Report on horse surra - Volume I
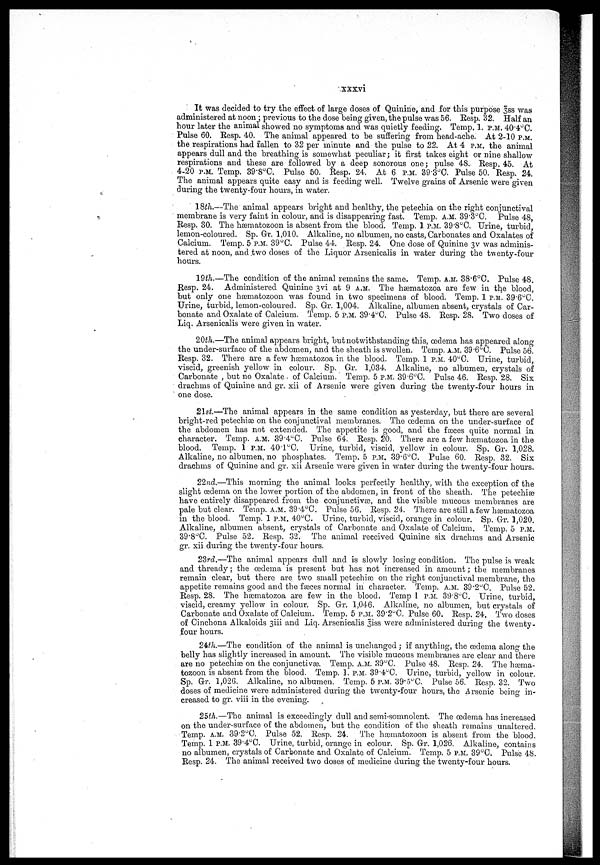
xxxvi
It was decided to try the effect of large doses of Quinine, and for this purpose 3ss was
administered at noon; previous to the dose being given, the pulse was 56. Resp. 32. Half an
hour later the animal showed no symptoms and was quietly feeding. Temp. 1. P.M. 40.4°C.
Pulse 60. Resp. 40. The animal appeared to be suffering from head-ache. At 2-10 P.M.
the respirations had fallen to 32 per minute and the pulse to 22. At 4 P.M. the animal
appears dull and the breathing is somewhat peculiar; it first takes eight or nine shallow
respirations and these are followed by a deep sonorous one; pulse 48. Resp. 45. At
4-20 P.M. Temp. 39.8°C. Pulse 50. Resp. 24. At 6 P.M. 39.3°C. Pulse 50. Resp. 24.
The animal appears quite easy and is feeding well. Twelve grains of Arsenic were given
during the twenty-four hours, in water.
18th.—The animal appears bright and healthy, the petechia on the right conjunctival
membrane is very faint in colour, and is disappearing fast. Temp. A.M. 39.3°C. Pulse 48,
Resp. 30. The hæmatozoon is absent from the blood. Temp. 1 P.M. 39.8°C. Urine, turbid,
lemon-coloured. Sp. Gr. 1,010. Alkaline, no albumen, no casts, Carbonates and Oxalates of
Calcium. Temp. 5 P.M. 39°C. Pulse 44. Resp. 24. One dose of Quinine 3v was adminis-
tered at noon, and two doses of the Liquor Arsenicalis in water during the twenty-four
hours.
19th.—The condition of the animal remains the same. Temp. A.M. 38.6°C. Pulse 48.
Resp. 24. Administered Quinine 3vi at 9 A.M. The hæmatozoa are few in the blood,
but only one hænatozoon was found in two specimens of blood. Temp. 1 P.M. 39.6°C.
Urine, turbid, lemon-coloured. Sp. Gr. 1,004. Alkaline, albumen absent, crystals of Car-
bonate and Oxalate of Calcium. Temp. 5 P.M. 39.4°C. Pulse 48. Resp. 28. Two doses of
Liq. Arsenicalis were given in water.
20th.—-The animal appears bright, but notwithstanding this, œdema has appeared along
the under-surface of the abdomen, and the sheath is swollen. Temp. A.M. 39.6°C. Pulse 56.
Resp. 32. There are a few hæmiatozoa in the blood. Temp. 1 P.M. 40°C. Urine, turbid,
viscid, greenish yellow in colour. Sp. Gr. 1,034. Alkaline, no albumen, crystals of
Carbonate , but no Oxalate of Calcium. Temp. 5 P.M. 39.6°C. Pulse 46. Resp. 28. Six
drachms of Quinine and gr. xii of Arsenic were given during the twenty-four hours in
one dose.
21st.—The animal appears in the same condition as yesterday, but there are several
bright-red petechia; on the conjunctival membranes. The œdema on the under-surface of
the abdomen has not extended. The appetite is good, and the faxes quite normal in
character. Temp. A.M. 39.4°C. Pulse 64. Resp. 20. There are a few hæmatozoa in the
blood. Temp. 1 P.M. 40.l°C. Urine, turbid, viscid, yellow in colour. Sp. Gr. 1,028.
Alkaline, no albumen, no phosphates. Temp. 5 P.M. 39.6°C. Pulse 60. Resp. 32. Six
drachms of Quinine and gr. xii Arsenic were given in water during the twenty-four hours.
22nd.—This morning the animal looks perfectly healthy, with the exception of the
slight œdema on the lower portion of the abdomen, in front of the sheath. The petechia;
have entirely disappeared from the conjunctivæ, and the visible mucous membranes are
pale but clear. Temp. A.M. 89.4°C. Pulse 56. Resp. 24. There are still afew hæmtozoa
in the blood. Temp. 1 P.M. 40°C. Urine, turbid, viscid, orange in colour. Sp. Gr. 1,020.
Alkaline, albumen absent, crystals of Carbonate and Oxalate of Calcium. Temp. 5 P.M.
39.8°C. Pulse 52. Resp. 32. The animal received Quinine six drachms and Arsenic
gr. xii during the twenty-four hours.
23rd.—The animal appears dull and is slowly losing condition. The pulse is weak
and thready; the œdema is present but has not increased in amount; the membranes
remain clear, but there are two small petechiæ on the right conjunctival membrane, the
appetite remains good and the fasces normal in character. Temp. A.M. 39.2°C. Pulse 52.
Resp. 28. The hæmatozoa are few in the blood. Temp 1 P.M. 39.8°C. Urine, turbid,
viscid, creamy yellow in colour. Sp. Gr. 1,046. Alkaline, no albumen, but crystals of
Carbonate and Oxalate of Calcium. Temp. 5 P.M. 39.2°C. Pulse 60. Resp. 24, Two doses
of Cinchona Alkaloids 3iii and Liq. Arsenicalis 3iss were administered during the twenty-
four hours.
24th.—The condition of the animal is unchanged; if anything, the œdema along the
belly has slightly increased in amount. The visible mucous membranes are clear and there
are no petechiæ on the conjunctivæ Temp. A.M. 39°C. Pulse 48. Resp. 24. The hæma-
tozoon is absent from the blood. Temp. 1. P.M. 39.4°C. Urine, turbid, yellow in colour.
Sp. Gr. 1,026. Alkaline, no albumen. Temp. 5 P.M. 39.5°C. Pulse 56. Resp. 32. Two
doses of medicine were administered during the twenty-four hours, the Arsenic being in-
creased to gr. viii in the evening.
25th.—The animal is exceedingly dull and semi-somnolent. The œdema has increased
on the under-surface of the abdomen, but the condition of the sheath remains unaltered.
Temp. A.M. 39.2°C. Pulse 52. Resp. 24. The hænatozoon is absent from the blood.
Temp. 1 P.M. 39.4°C. Urine, turbid, orange in colour. Sp. Gr. 1,026. Alkaline, contains
no albumen, crystals of Carbonate and Oxalate of Calcium. Temp. 5 P.M. 39°C. Pulse 48.
Resp. 24. The animal received two doses of medicine during the twenty-four hours.